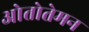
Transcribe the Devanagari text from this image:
ओतोतेमन